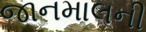
જાનમાલની